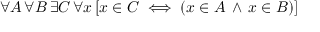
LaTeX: \forall A \, \forall B \, \exists C \, \forall x \, [ x \in C \iff ( x \in A \, \land \, x \in B ) ]